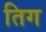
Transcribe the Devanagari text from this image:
तिग